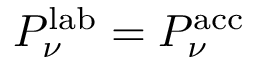
P _ { \nu } ^ { \mathrm { l a b } } = P _ { \nu } ^ { \mathrm { a c c } }